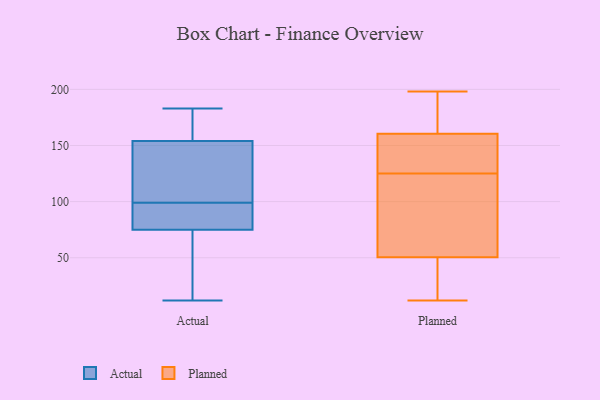
{"axis": {"x": "Gross Profit (USD K)", "y": "Value"}, "legend": ["Actual", "Planned"], "data": [{"x": "", "y": 147, "type": "Actual"}, {"x": "", "y": 91, "type": "Actual"}, {"x": "", "y": 104, "type": "Actual"}, {"x": "", "y": 177, "type": "Actual"}, {"x": "", "y": 99, "type": "Actual"}, {"x": "", "y": 78, "type": "Actual"}, {"x": "", "y": 151, "type": "Actual"}, {"x": "", "y": 109, "type": "Actual"}, {"x": "", "y": 21, "type": "Actual"}, {"x": "", "y": 75, "type": "Actual"}, {"x": "", "y": 75, "type": "Actual"}, {"x": "", "y": 84, "type": "Actual"}, {"x": "", "y": 12, "type": "Actual"}, {"x": "", "y": 61, "type": "Actual"}, {"x": "", "y": 155, "type": "Actual"}, {"x": "", "y": 156, "type": "Actual"}, {"x": "", "y": 70, "type": "Actual"}, {"x": "", "y": 179, "type": "Actual"}, {"x": "", "y": 183, "type": "Actual"}, {"x": "", "y": 198, "type": "Planned"}, {"x": "", "y": 66, "type": "Planned"}, {"x": "", "y": 176, "type": "Planned"}, {"x": "", "y": 35, "type": "Planned"}, {"x": "", "y": 110, "type": "Planned"}, {"x": "", "y": 198, "type": "Planned"}, {"x": "", "y": 12, "type": "Planned"}, {"x": "", "y": 143, "type": "Planned"}, {"x": "", "y": 145, "type": "Planned"}, {"x": "", "y": 118, "type": "Planned"}, {"x": "", "y": 27, "type": "Planned"}, {"x": "", "y": 132, "type": "Planned"}]}